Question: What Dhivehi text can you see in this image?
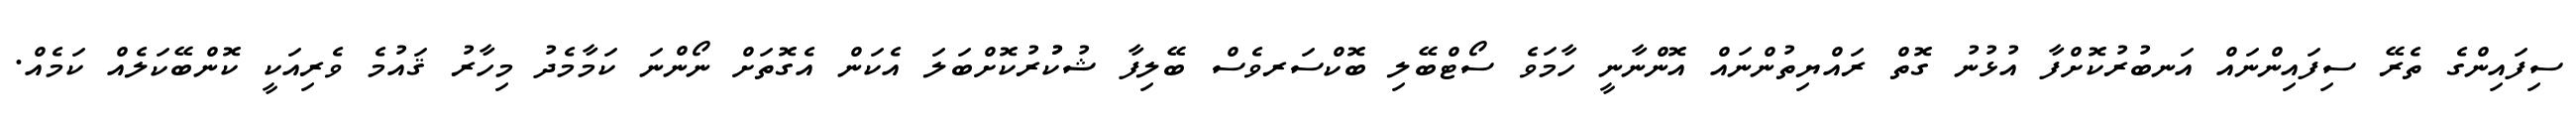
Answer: ސިފައިންގެ ތެރޭ ސިފައިންނައް އަނބުރުކޮށްފާ އުޅުނު ގޮތް ރައްޔިތުންނައް އޮންނާނީ ހާމަވެ ސޯޓްބޭލި ބޮކްސަރވެސް ބޭލިފާ ޝުކުުރުކޮށްބަލަ އެކަން އެގޮތަށް ނޯންނަ ކަމާމެދު މިހާރު ޤައުމެ ވެރިއަކީ ކޮންބޭކަލެއް ކަމެއް.